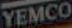
YEMCO